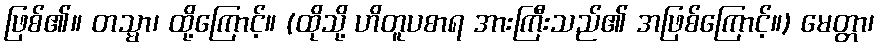
ဖြစ်၏။ တသ္မာ၊ ထို့ကြောင့်။ (ထိုသို့ ဟိတူပစာရ အားကြီးသည်၏ အဖြစ်ကြောင့်။) မေတ္တာ၊